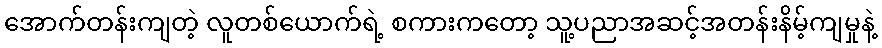
အောက်တန်းကျတဲ့ လူတစ်ယောက်ရဲ့ စကားကတော့ သူ့ပညာအဆင့်အတန်းနိမ့်ကျမှုနဲ့